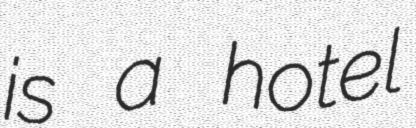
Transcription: is a hotel